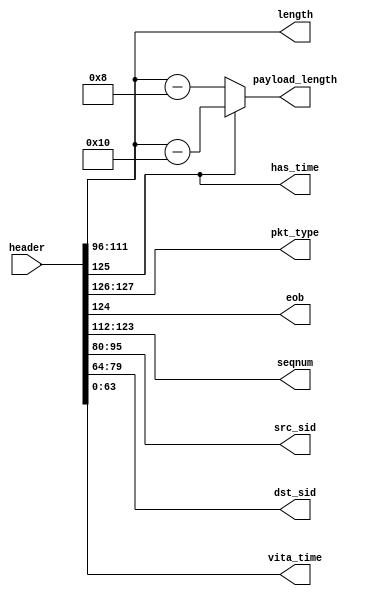
//
// Copyright 2016 Ettus Research
// Copyright 2018 Ettus Research, a National Instruments Company
//
// SPDX-License-Identifier: LGPL-3.0-or-later
//
// Decoder header word into CVITA header fields

module cvita_hdr_decoder (
  input [127:0] header,
  output [1:0] pkt_type, output eob, output has_time,
  output [11:0] seqnum, output [15:0] length, output [15:0] payload_length,
  output [15:0] src_sid, output [15:0] dst_sid,
  output [63:0] vita_time
);

  wire [63:0] hdr[0:1];
  assign hdr[0] = header[127:64];
  assign hdr[1] = header[63:0];

  assign pkt_type  = hdr[0][63:62];
  assign has_time  = hdr[0][61];
  assign eob       = hdr[0][60];
  assign seqnum    = hdr[0][59:48];
  assign length    = hdr[0][47:32];
  assign src_sid   = hdr[0][31:16];
  assign dst_sid   = hdr[0][15:0];
  assign vita_time = hdr[1];

  assign payload_length = has_time ? length - 16'd16 : length - 16'd8;

endmodule